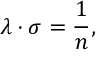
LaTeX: \lambda \cdot \sigma = { \frac { 1 } { n } } ,